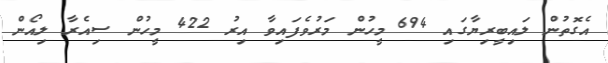
އެގޮތުން ލައިބީރިޔާގައި 694 މީހުން މަރުވެފައިވާ އިރު 422 މީހުން ސިއެރާ ލިއޯން